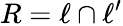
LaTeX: R=\ell\cap\ell^{\prime}